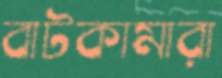
বাটকামারা